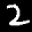
Label: 2